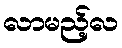
လာမည့်လ